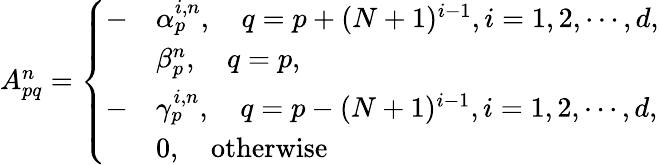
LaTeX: \begin{array}{r}{A_{pq}^{n}=\left\{ \begin{array}{ll}{-}&{\alpha_{p}^{i,n},\quad q=p+(N+1)^{i-1},i=1,2,\cdots,d,}\\ &{\beta_{p}^{n},\quad q=p,}\\ {-}&{\gamma_{p}^{i,n},\quad q=p-(N+1)^{i-1},i=1,2,\cdots,d,}\\ &{0,\quad\mathrm{otherwise}}\end{array}\right.}\end{array}